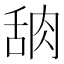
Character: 𬚸